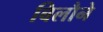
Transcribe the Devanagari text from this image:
बिलौने